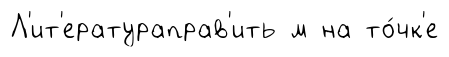
Л'ит'ератураправ'ить м на то́чк'е